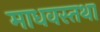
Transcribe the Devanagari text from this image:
माधवस्तथा